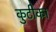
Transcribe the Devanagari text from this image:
कुटीका